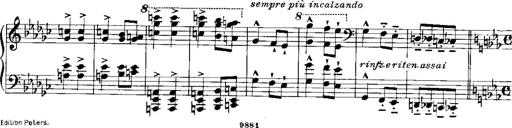
Title: RÃ©miniscences de Norma de Bellini
Composer: Franz Liszt